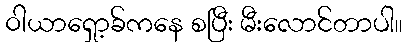
ဝါယာရှော့ခ်ကနေ စပြီး မီးလောင်တာပါ။